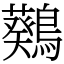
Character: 𪆴